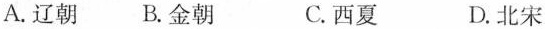
A.辽朝 B.金朝 C.西夏 D.北宋